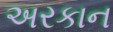
અરકાન